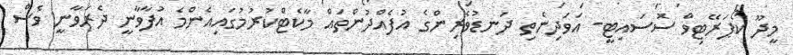
މީދޫ ކޯޕަރޭޓިވް ސޮސައިޓީ- އަވަދިނެތި ދަނޑުވެރިންގެ އުފެއްދުންތައް މާކެޓްކުރުމުގައިއެންމެ އުފާވާނީ ދެރަވާނީ ވެސް